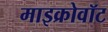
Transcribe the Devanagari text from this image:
माइक्रोवॉट